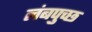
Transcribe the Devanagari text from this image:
लंबपुच्छ